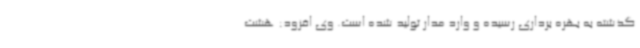
گذشته به بهره برداری رسیده و وارد مدار تولید شده است. وی افزود: هشت